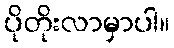
ပိုတိုးလာမှာပါ။